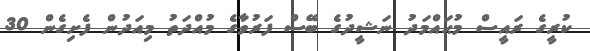
ކުރީގެ ރައީސް މުޙައްމަދު ނަޝީދުގެ ބޭސް ފަރުވާގެ މުއްދަތު މިއަދުން ފެށިގެން 30